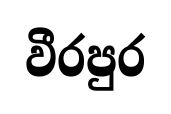
වීරපුර